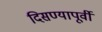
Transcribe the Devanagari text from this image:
दिसण्यापूर्वी